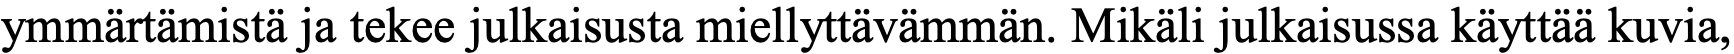
ymmärtämistä ja tekee julkaisusta miellyttävämmän. Mikäli julkaisussa käyttää kuvia,